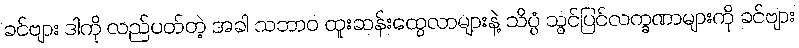
ခင်ဗျား ဒါကို လည်ပတ်တဲ့ အခါ သဘာဝ ထူးဆန်းထွေလာများနဲ့ သိပ္ပံ သွင်ပြင်လက္ခဏာများကို ခင်ဗျား